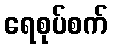
ရေစုပ်စက်